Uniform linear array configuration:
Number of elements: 64
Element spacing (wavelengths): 1
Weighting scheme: blackman
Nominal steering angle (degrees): -60
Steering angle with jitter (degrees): -58.232
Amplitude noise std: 0.05
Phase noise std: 0.05

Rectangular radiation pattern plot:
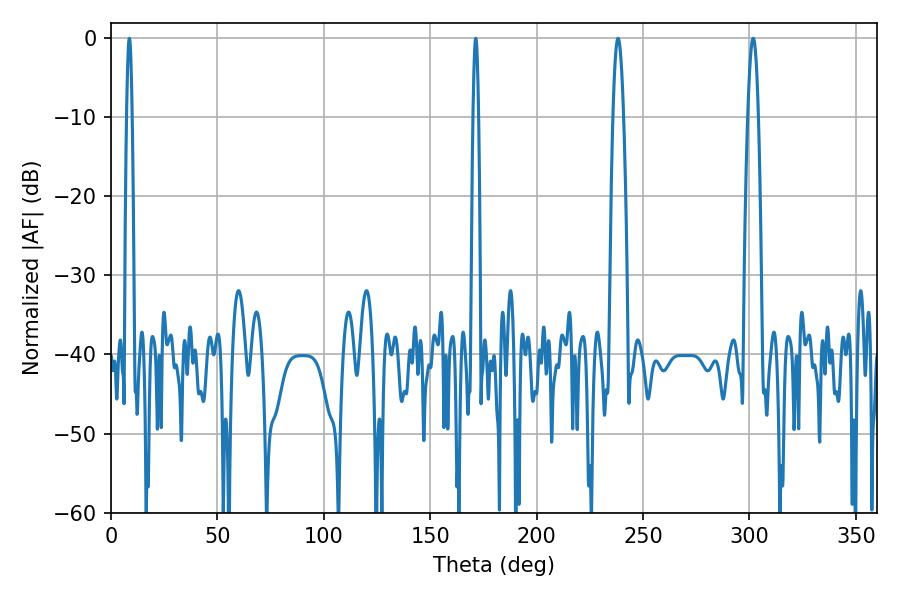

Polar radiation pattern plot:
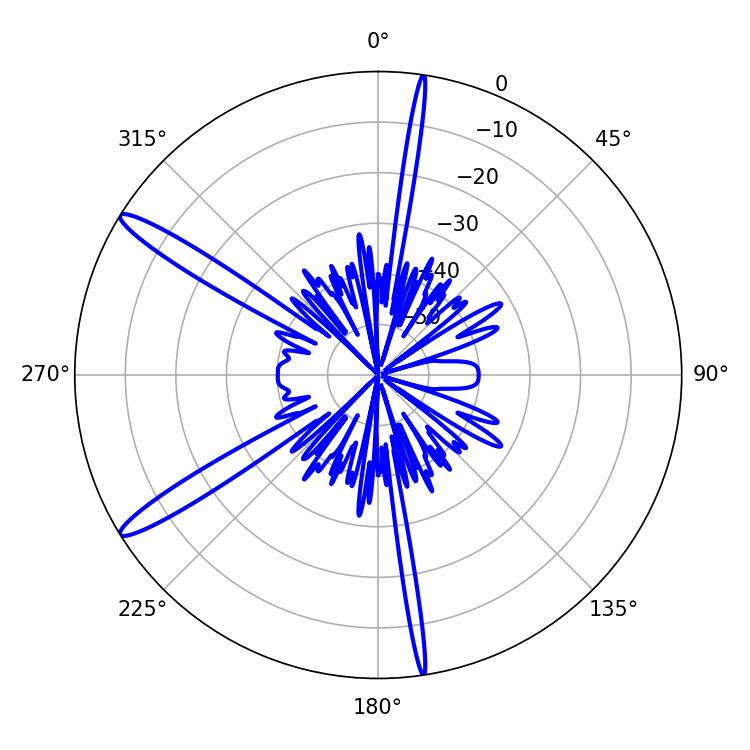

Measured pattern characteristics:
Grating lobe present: TRUE
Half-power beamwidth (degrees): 1.44
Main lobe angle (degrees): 8.64